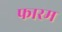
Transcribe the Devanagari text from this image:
फारम